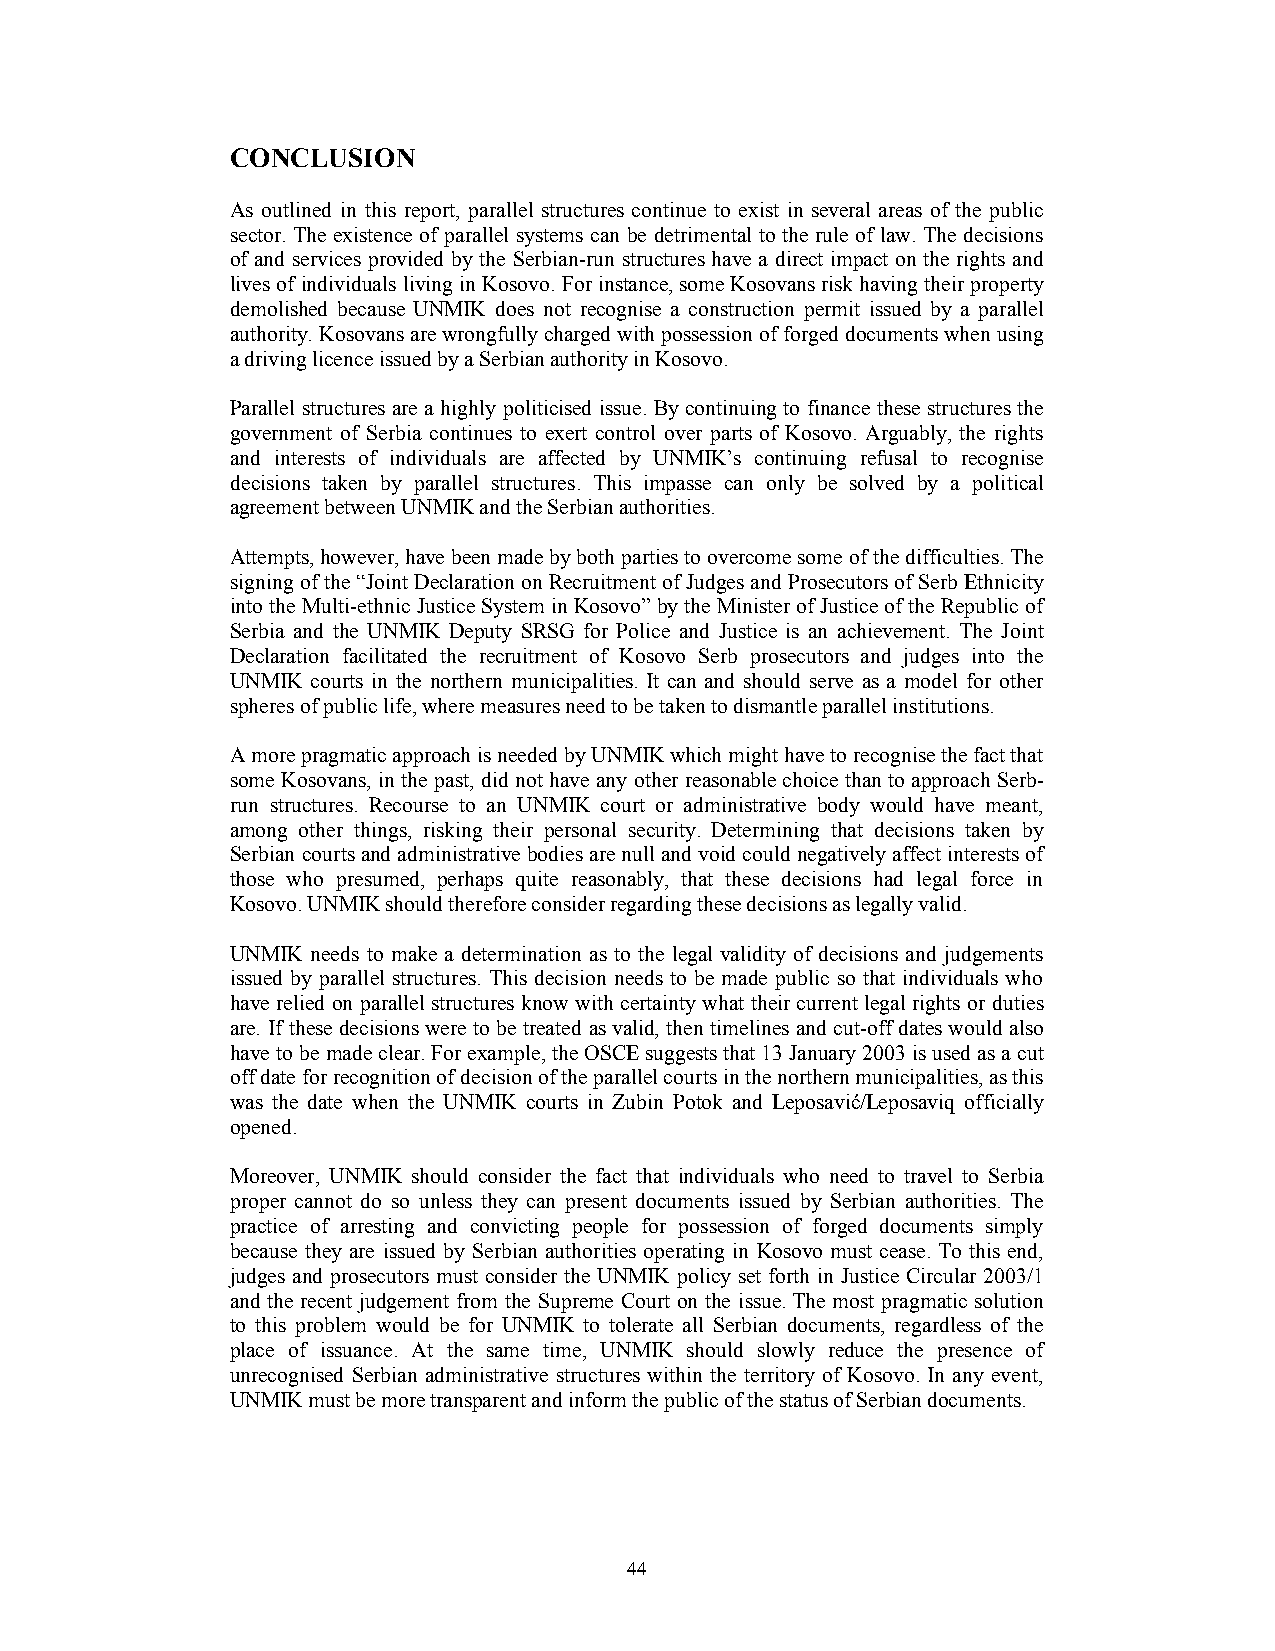
CONCLUSION
 As outlined in this report, parallel structures continue to exist in several areas of the public
 sector. The existence of parallel systems can be detrimental to the rule of law. The decisions
 of and services provided by the Serbian-run structures have a direct impact on the rights and
 lives of individuals living in Kosovo. For instance, some Kosovans risk having their property
 demolished because UNMIK does not recognise a construction permit issued by a parallel
 authority. Kosovans are wrongfully charged with possession of forged documents when using
 a driving licence issued by a Serbian authority in Kosovo.
 Parallel structures are a highly politicised issue. By continuing to finance these structures the
 government of Serbia continues to exert control over parts of Kosovo. Arguably, the rights
 and interests of individuals are affected by UNMIK’s continuing refusal to recognise
 decisions taken by parallel structures. This impasse can only be solved by a political
 agreement between UNMIK and the Serbian authorities.
 Attempts, however, have been made by both parties to overcome some of the difficulties. The
 signing of the “Joint Declaration on Recruitment of Judges and Prosecutors of Serb Ethnicity
 into the Multi-ethnic Justice System in Kosovo” by the Minister of Justice of the Republic of
 Serbia and the UNMIK Deputy SRSG for Police and Justice is an achievement. The Joint
 Declaration facilitated the recruitment of Kosovo Serb prosecutors and judges into the
 UNMIK courts in the northern municipalities. It can and should serve as a model for other
 spheres of public life, where measures need to be taken to dismantle parallel institutions.
 A more pragmatic approach is needed by UNMIK which might have to recognise the fact that
 some Kosovans, in the past, did not have any other reasonable choice than to approach Serb-
 run structures. Recourse to an UNMIK court or administrative body would have meant,
 among other things, risking their personal security. Determining that decisions taken by
 Serbian courts and administrative bodies are null and void could negatively affect interests of
 those who presumed, perhaps quite reasonably, that these decisions had legal force in
 Kosovo. UNMIK should therefore consider regarding these decisions as legally valid.
 UNMIK needs to make a determination as to the legal validity of decisions and judgements
 issued by parallel structures. This decision needs to be made public so that individuals who
 have relied on parallel structures know with certainty what their current legal rights or duties
 are. If these decisions were to be treated as valid, then timelines and cut-off dates would also
 have to be made clear. For example, the OSCE suggests that 13 January 2003 is used as a cut
 off date for recognition of decision of the parallel courts in the northern municipalities, as this
 was the date when the UNMIK courts in Zubin Potok and Leposavić/Leposaviq officially
 opened.
 Moreover, UNMIK should consider the fact that individuals who need to travel to Serbia
 proper cannot do so unless they can present documents issued by Serbian authorities. The
 practice of arresting and convicting people for possession of forged documents simply
 because they are issued by Serbian authorities operating in Kosovo must cease. To this end,
 judges and prosecutors must consider the UNMIK policy set forth in Justice Circular 2003/1
 and the recent judgement from the Supreme Court on the issue. The most pragmatic solution
 to this problem would be for UNMIK to tolerate all Serbian documents, regardless of the
 place of issuance. At the same time, UNMIK should slowly reduce the presence of
 unrecognised Serbian administrative structures within the territory of Kosovo. In any event,
 UNMIK must be more transparent and inform the public of the status of Serbian documents.
 44